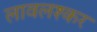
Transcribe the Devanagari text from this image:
लावलश्कर